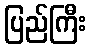
ပြည်ကြီး